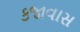
કજાવાસ